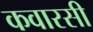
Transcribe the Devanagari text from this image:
कवारसी